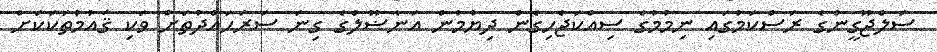
ސަލްޖޫގީންގެ ރަސްކަމުގައި ނިމުމުގެ ސިއްކަޖެހިގެން ދިޔުމުން އަނާޟޫލްގެ ގިނަ ސަރަޙައްދުތަށް ވަކި ޤައުމުތަކަކަށް